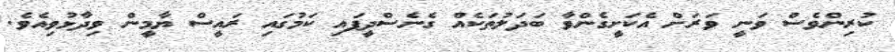
ކުރިންވެސް ވަނީ ވަރަށް އެކަށީގެންވާ ބަދަލުތަކެއް ގެނެސްދީފައި ކަމުގައި ރައީސް ޔާމީން ވިދާޅުވިއެވެ.